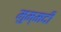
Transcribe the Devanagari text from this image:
मुम्मदी